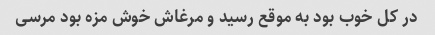
در کل خوب بود به موقع رسید و مرغاش خوش مزه بود مرسی